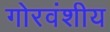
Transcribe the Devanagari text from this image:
गोरवंशीय